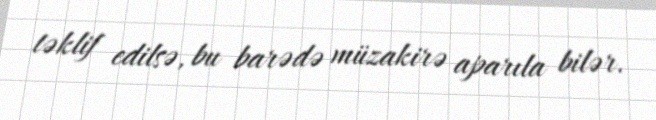
təklif edilsə, bu barədə müzakirə aparıla bilər.